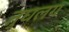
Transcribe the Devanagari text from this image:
तुघलग